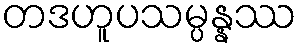
တဒဟူပသမ္ပန္နဿ